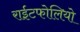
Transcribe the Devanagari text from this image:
राईटफोलियो